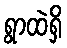
ရွာထဲရှိ